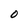
Character: O